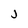
Character: j